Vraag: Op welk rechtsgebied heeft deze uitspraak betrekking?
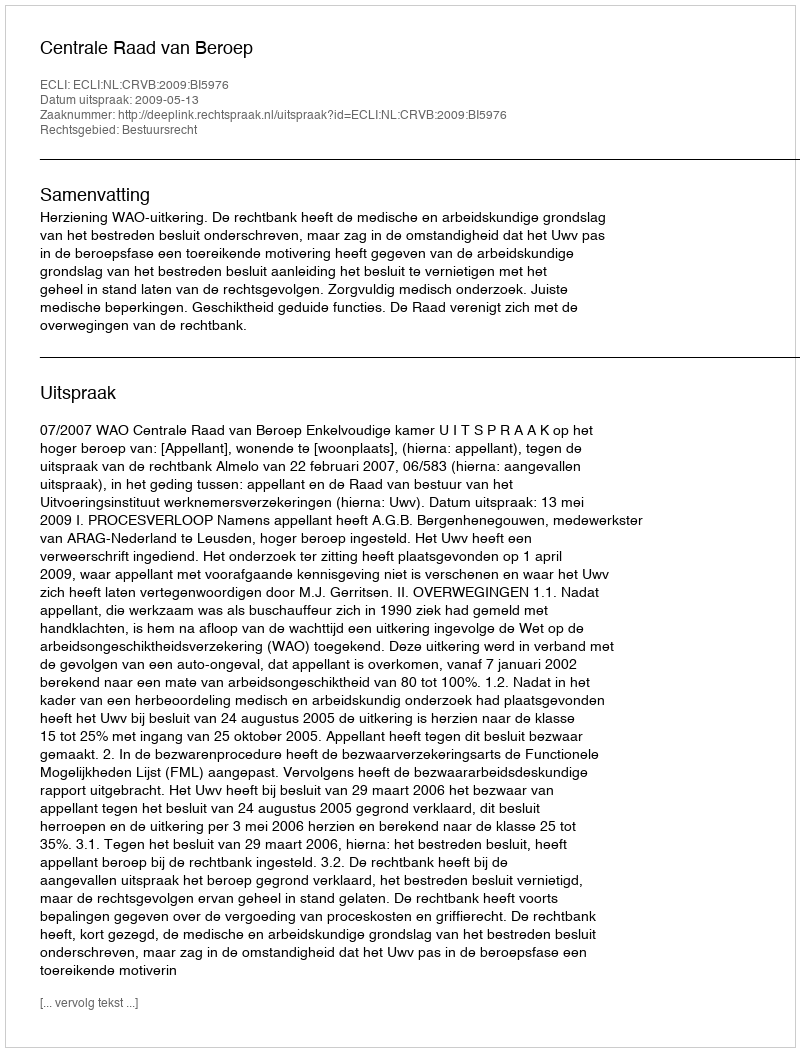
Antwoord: Bestuursrecht